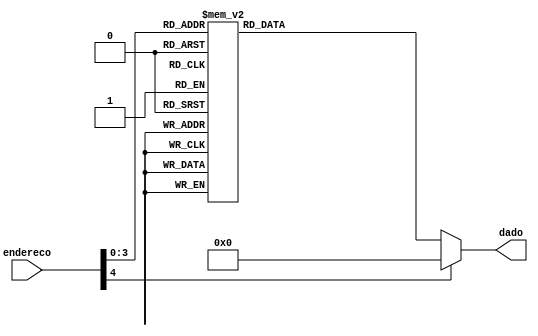
module ROM( endereco, dado );
	input [4:0] endereco;
	output [7:0] dado;

	reg [7:0] dado;
	
	always @*
		case (endereco)
			5'd0: dado = 8'b001_100_00;
			5'd1: dado = 8'b100_000_00;
			5'd2: dado = 8'b100_000_00;
			5'd3: dado = 8'b100_000_00;
			5'd4: dado = 8'b100_000_00;
			5'd5: dado = 8'b100_000_00;
			5'd6: dado = 8'b100_000_00;
			5'd7: dado = 8'b100_000_00;
			5'd8: dado = 8'b100_000_00;
			5'd9: dado = 8'b101_01011;
			5'd10: dado = 8'b101_00000;
			5'd11: dado = 8'b000_100_01;
			5'd12: dado = 8'b101_00000;
			
			default: dado = 8'd0;
		endcase

endmodule